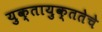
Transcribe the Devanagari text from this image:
युक्तायुक्ततेचे